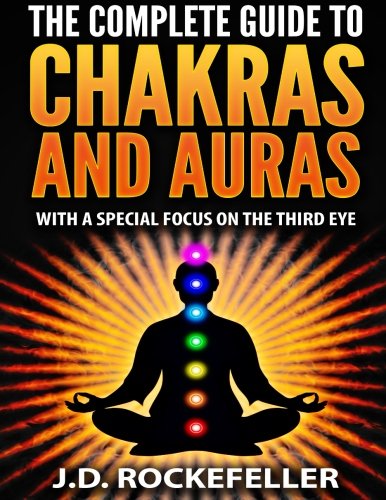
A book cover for The Complete Guide to Chakras and Auras: With a Special Focus on the Third Eye; J. D. Rockefeller; Religion & Spirituality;